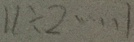
1 1 \div 2 \cdots 1